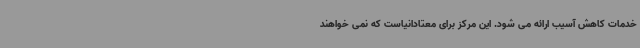
خدمات کاهش آسیب ارائه می شود. این مرکز برای معتادانیاست که نمی خواهند